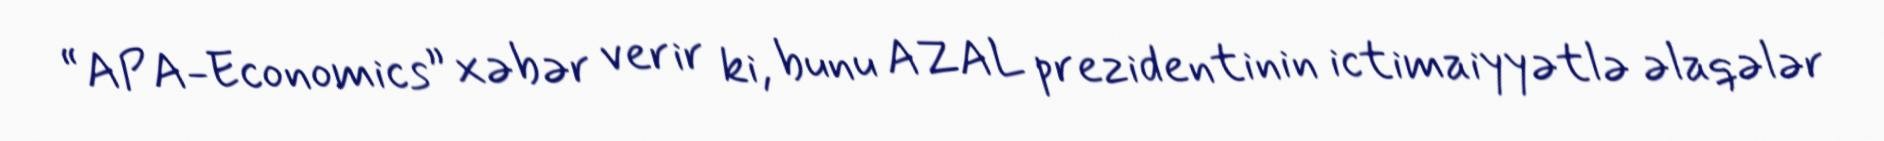
“APA-Economics” xəbər verir ki, bunu AZAL prezidentinin ictimaiyyətlə əlaqələr